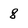
Character: 8